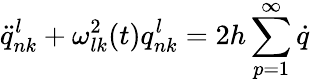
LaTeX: \ddot{q}_{nk}^{l}+\omega_{lk}^{2}(t)q_{nk}^{l}=2h\sum_{p=1}^{\infty}\dot{q}